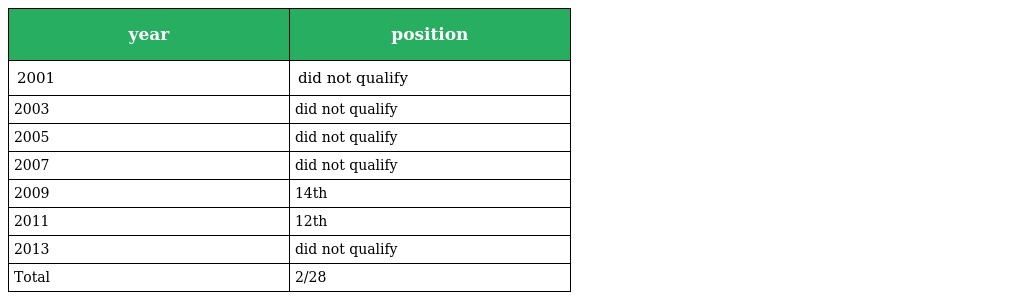
| year | position |
 | --- | --- |
 | 2001 | did not qualify |
 | 2003 | did not qualify |
 | 2005 | did not qualify |
 | 2007 | did not qualify |
 | 2009 | 14th |
 | 2011 | 12th |
 | 2013 | did not qualify |
 | Total | 2/28 |